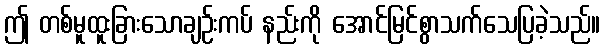
ဤ တစ်မူထူးခြားသောချဉ်းကပ် နည်းကို အောင်မြင်စွာသက်သေပြခဲ့သည်။